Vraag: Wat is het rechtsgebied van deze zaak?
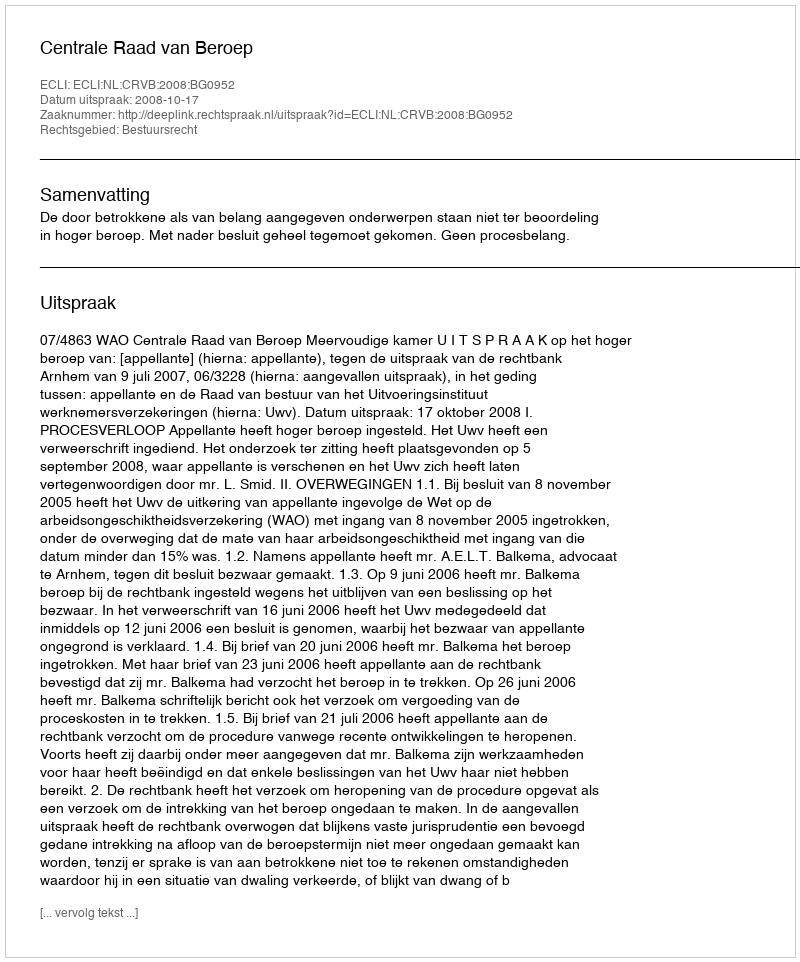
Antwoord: Bestuursrecht